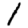
Digit: 1